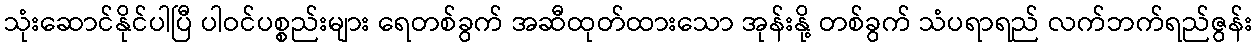
သုံးဆောင်နိုင်ပါပြီ ပါဝင်ပစ္စည်းများ ရေတစ်ခွက် အဆီထုတ်ထားသော အုန်းနို့ တစ်ခွက် သံပရာရည် လက်ဘက်ရည်ဇွန်း